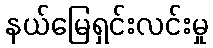
နယ်မြေရှင်းလင်းမှု